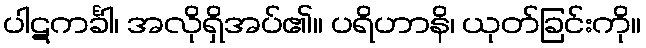
ပါဋကင်္ခါ၊ အလိုရှိအပ်၏။ ပရိဟာနိ၊ ယုတ်ခြင်းကို။